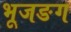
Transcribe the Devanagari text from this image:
भूजङग